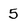
Character: 5